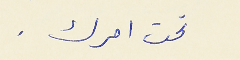
تحت امرك .